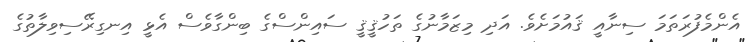
އެންމެފުރަތަމަ ސިނާއީ ޤައުމަށެވެ. އަދި މިޒަމާނުގެ ތަހުޤީޤީ ސައިންސްގެ ބިންގާވެސް އެޅީ އިނގިރޭސިވިލާތުގެ